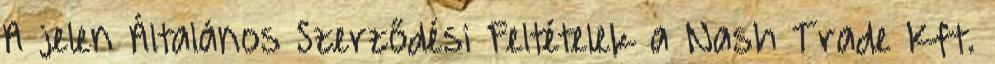
A jelen Általános Szerződési Feltételek a Nash Trade Kft.